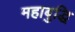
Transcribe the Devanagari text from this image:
महाबुद्धि